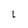
Character: l